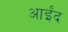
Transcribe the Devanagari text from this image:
आईंद